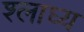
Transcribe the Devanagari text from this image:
श्लाघ्य